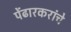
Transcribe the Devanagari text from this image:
पेंढारकरांचे